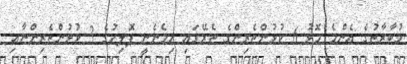
މުބާރާތުގެ އެންމެ މޮޅު 6 ކުޅުންތެރިންގެ ތެރޭގައި ހިމެނެނީ ޕޮލިހުގެ 3 ކުޅުންތެރިންނާއި